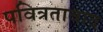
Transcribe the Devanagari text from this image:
पवित्रतावाद